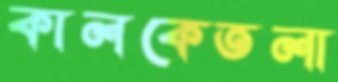
কালকেতলা